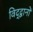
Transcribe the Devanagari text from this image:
विद्द्वानों